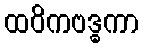
ထဝိကဗဒ္ဓကာ